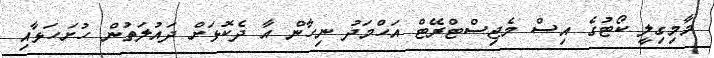
މާމިގިލީ ކޯޓުގެ އިސް މެޖިސްޓްރޭޓް އަހްމަދު ނިހާން އާ ދެކޮޅަށް ދައުލަތުން ހުށަހަޅާއި